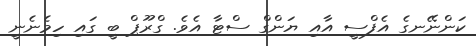
ކަންނޭނގެ އެފްސީ އާއި ޔަންގް ސްޓާ އެވެ. ގްރޫޕް ބީ ގައި ހިމެނެނީ